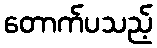
တောက်ပသည့်